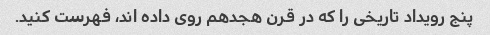
پنج رویداد تاریخی را که در قرن هجدهم روی داده اند، فهرست کنید.